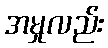
အမှုလည်း